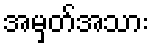
အမှတ်အသား